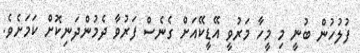
ފުލުހުން ބުނީ މި މީހާ މަރުވީ އޭޑީކޭއަށް ގެނެސް ފަރުވާ ދެމުންދަނިކޮށް ކަމަށެވެ.